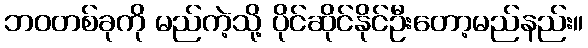
ဘဝတစ်ခုကို မည်ကဲ့သို့ ပိုင်ဆိုင်နိုင်ဦးတော့မည်နည်း။